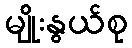
မျိုးနွယ်စု